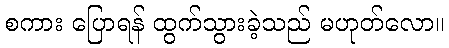
စကား ပြောရန် ထွက်သွားခဲ့သည် မဟုတ်လော။